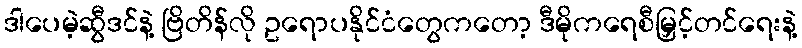
ဒါပေမဲ့ဆွီဒင်နဲ့ ဗြိတိန်လို ဥရောပနိုင်ငံတွေကတော့ ဒီမိုကရေစီမြှင့်တင်ရေးနဲ့